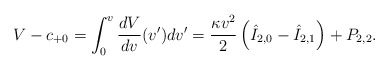
\begin{align*} V-c_{+0}=\int_0^v\frac{dV}{dv}(v')dv'=\frac{\kappa v^2}{2}\left(\hat{I}_{2,0}-\hat{I}_{2,1}\right)+P_{2,2}.\end{align*}